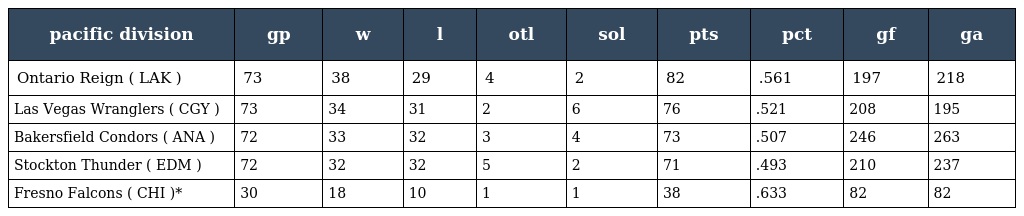
| pacific division | gp | w | l | otl | sol | pts | pct | gf | ga |
 | --- | --- | --- | --- | --- | --- | --- | --- | --- | --- |
 | Ontario Reign ( LAK ) | 73 | 38 | 29 | 4 | 2 | 82 | .561 | 197 | 218 |
 | Las Vegas Wranglers ( CGY ) | 73 | 34 | 31 | 2 | 6 | 76 | .521 | 208 | 195 |
 | Bakersfield Condors ( ANA ) | 72 | 33 | 32 | 3 | 4 | 73 | .507 | 246 | 263 |
 | Stockton Thunder ( EDM ) | 72 | 32 | 32 | 5 | 2 | 71 | .493 | 210 | 237 |
 | Fresno Falcons ( CHI )* | 30 | 18 | 10 | 1 | 1 | 38 | .633 | 82 | 82 |